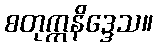
စတုက္ကနိဒ္ဒေသ။